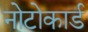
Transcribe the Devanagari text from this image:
नोटोकार्ड